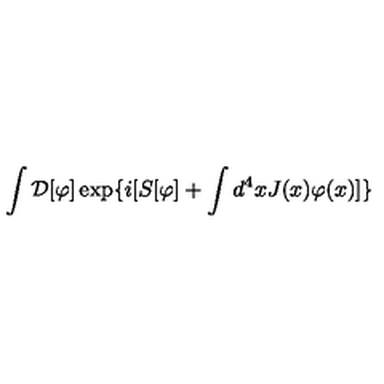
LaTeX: \int { \cal D } [ \varphi ] \exp \{ i [ S [ \varphi ] + \int d ^ { 4 } x J ( x ) \varphi ( x ) ] \}